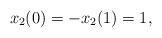
LaTeX: \begin{align*}{x_2}(0) = - {x_2}(1) = 1,\end{align*}